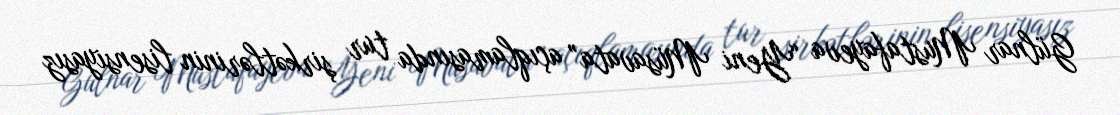
Gülnar Mustafayeva “Yeni Müsavata” açıqlamasında tur şirkətlərinin lisensiyasız